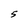
Character: 5